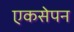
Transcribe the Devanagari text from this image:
एकसेपन